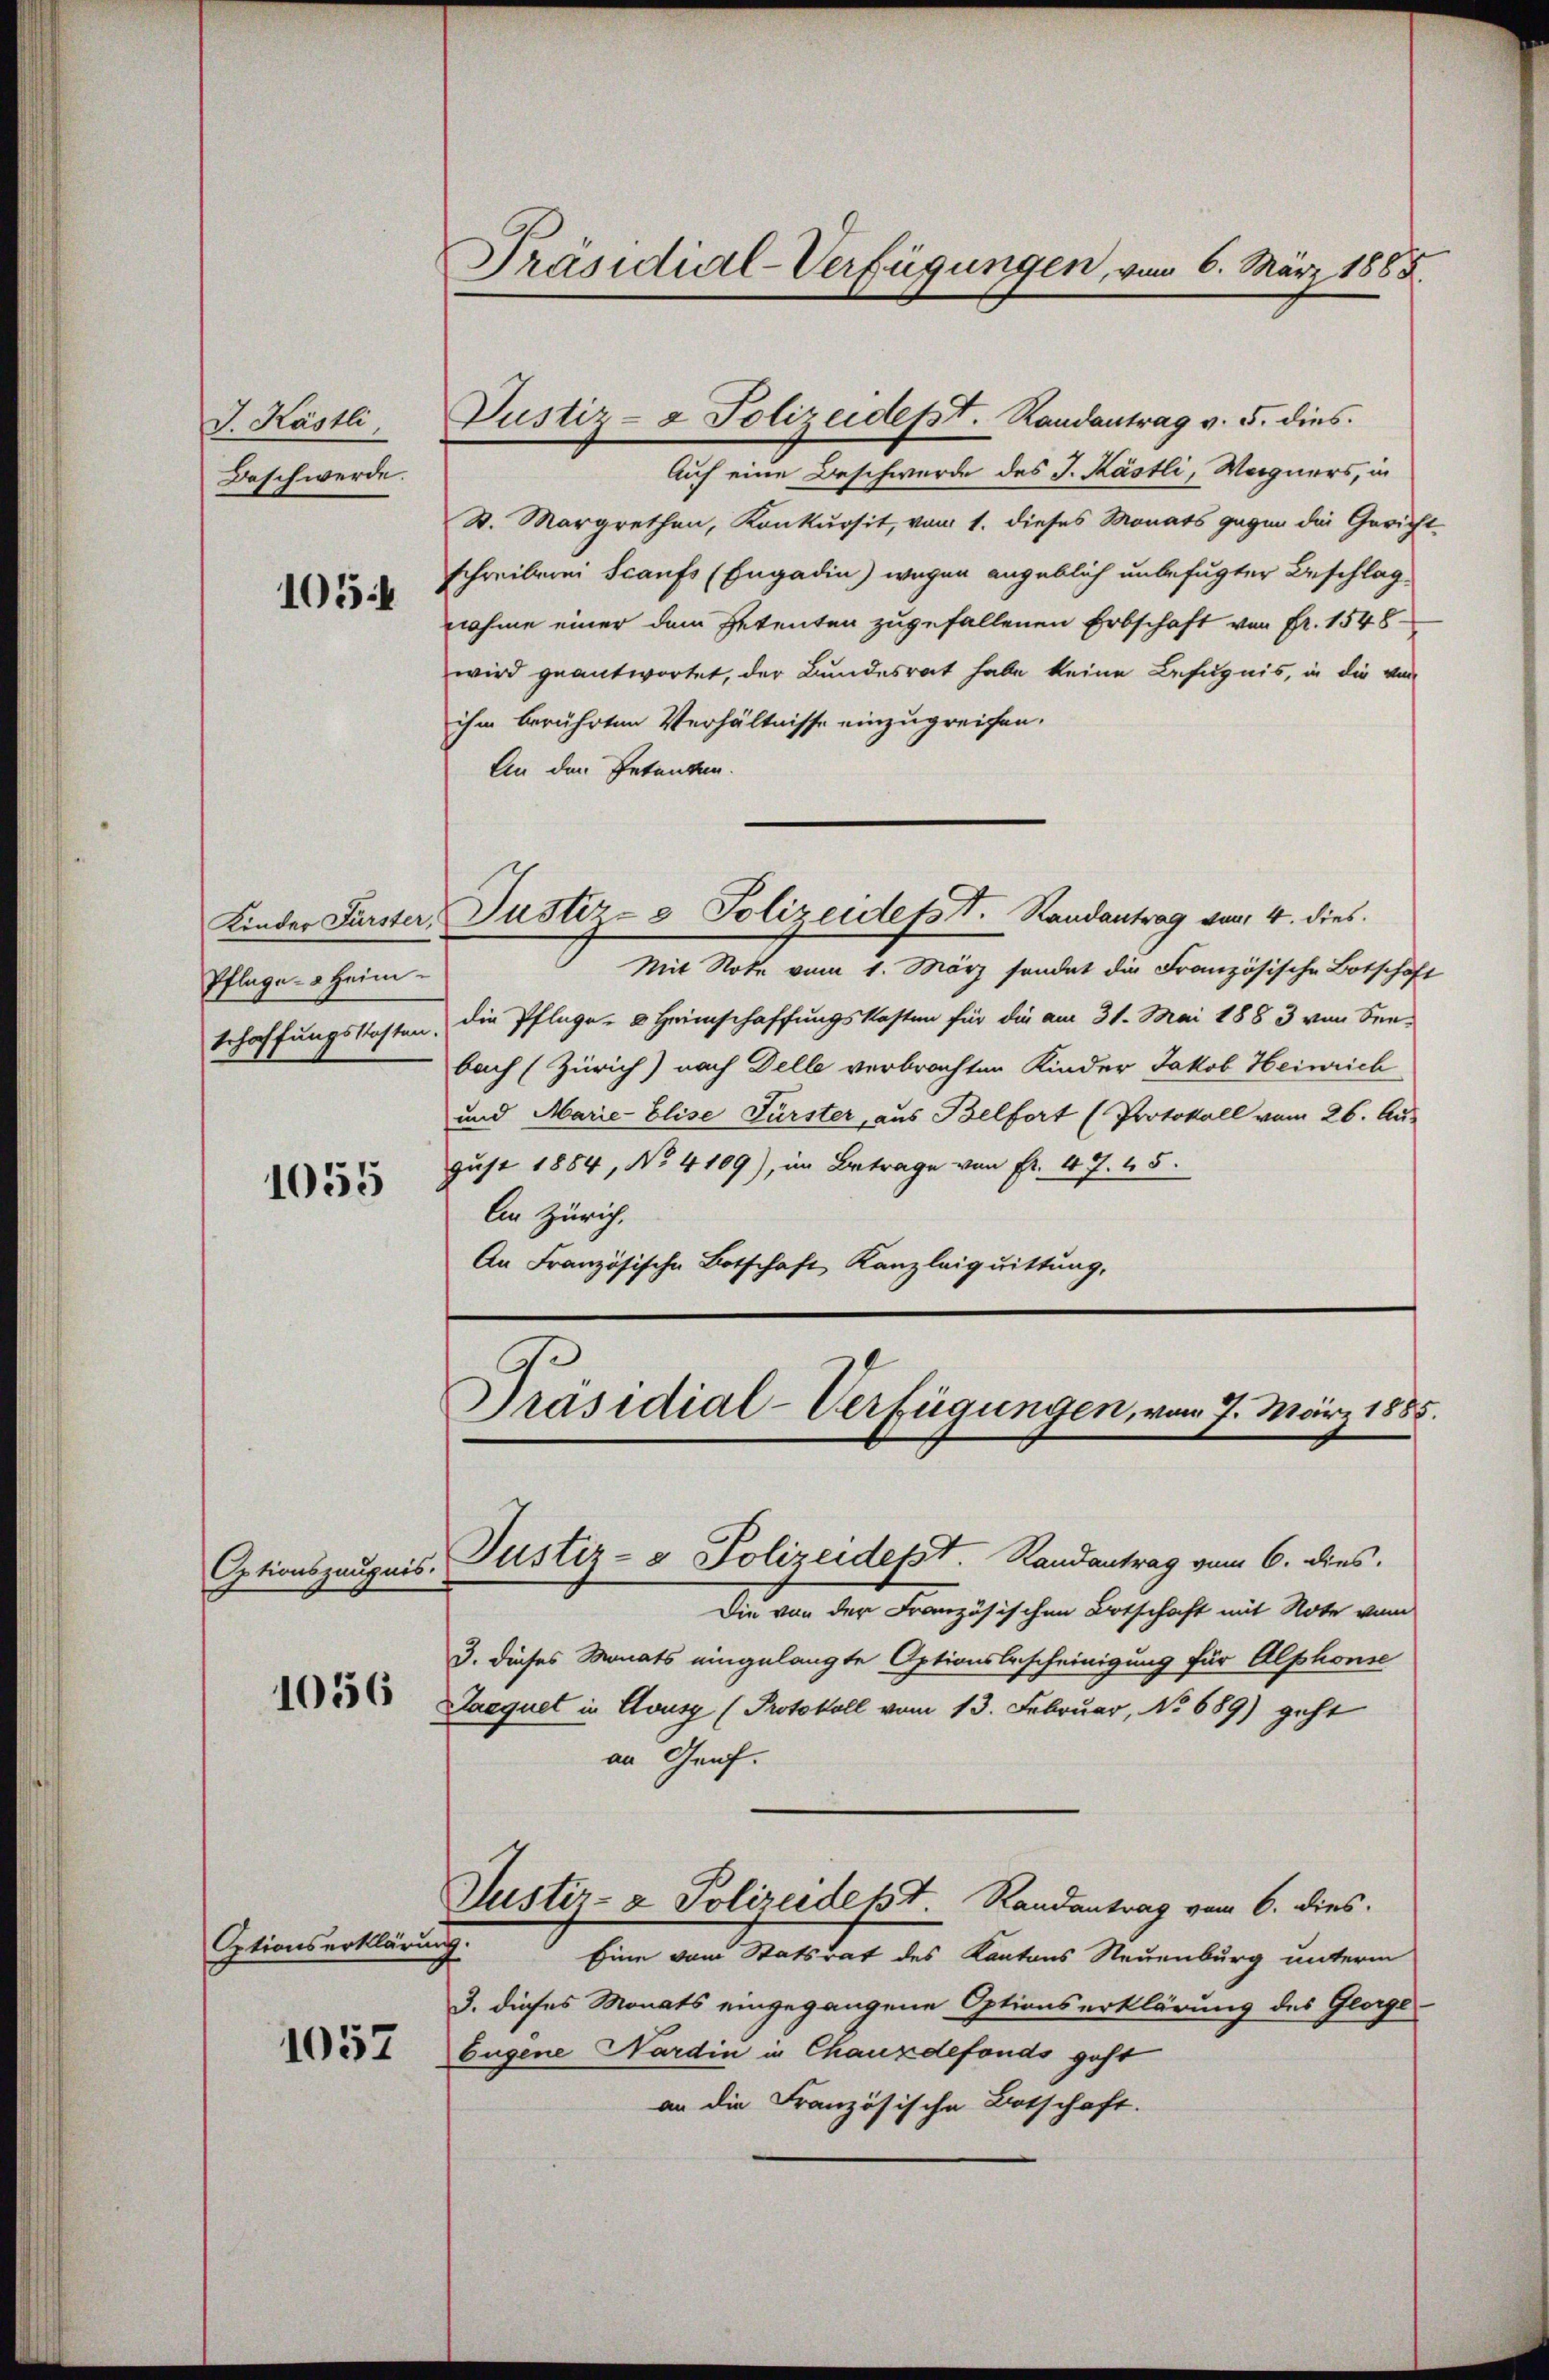
J. Kästli,
Beschwerde.
105

Pflege Heim.
schaffungskosten.
1055

Optionszeugnis.

1056

Optionserklärung.

1057

Präsidial-Verfügungen, vom 6. März 1885.

Justiz- & Polizeidept. Randantrag v. 5. dies

Auf eine Beschwerde des J. Kästli, Wagners, in
S. Margrethen, Konkursit, vom 1. dieses Monats gegen die Gerichtschreiberei Scaufs (Engadin) wegen angeblich unbefugter Beschlag
nahme einer dem Petenten zugefallenen Erbschaft von Fr. 1548
wird geantwortet, der Bundesrat habe keine Befugnis, in die von
ihm berührten Verhältnisse einzugreifen.
An den Petenten.
Kinder Fürster, Justiz- & Polizeidesst. Randantrag von 4. dies
Mit Note vom 1. März sondet die Französische Botschaft
die Pflege - 8 Heimschaffungskosten für die am 31. Mai 1883 von Seebach (Zürich) nach Delle verbrachten Kinder Jakob Heinrich
und Marie Elise Fürster, aus Belfort (Protokoll vom 26. Aus
gust 1854, No 4109), im Betrage von Fr. 47. 45.
An Zürich.
An Französische Botschaft Kanzleiquittung,

Präsidial-Verfügungen, vom 7. März 1858.

Justiz- & Polizeidept. Randantrag vom 6. dies
Die von der Französischen Ortschaft mit Note vom
3. dieses Monats eingelangte Aptionsbescheinigung für Alphonse
Jaaquet in Cousz (Protokoll vom 13. Februar, No 689) geht
an Genf.
Justiz- & Polizeident Randantrag vom 6. dies
Eine vom Statsrat des Kantons Neuenburg unterm
3. dieses Monats eingegangene Optionserklärung des George-
bugene Nardin in Chauxdefonds gest
an die Französische Botschaft.